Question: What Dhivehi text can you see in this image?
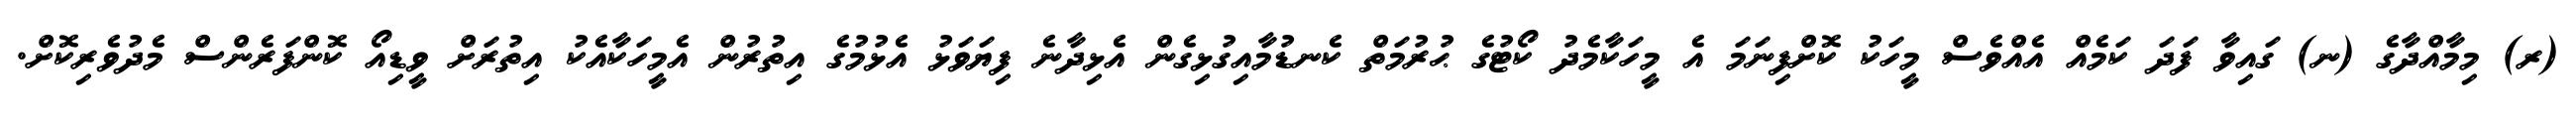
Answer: (ރ) މިމާއްދާގެ (ނ) ގައިވާ ފަދަ ކަމެއް އެއްވެސް މީހަކު ކޮށްފިނަމަ އެ މީހަކާމެދު ކޯޓުގެ ޙުރުމަތް ކެނޑުމާއިގުޅިގެން އެޅިދާނެ ފިޔަވަޅު އެޅުމުގެ އިތުރުން އެމީހަކާއެކު އިތުރަށް ވީޑިއޯ ކޮންފަރެންސް މެދުވެރިކޮށް.